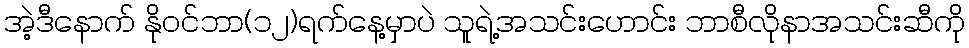
အဲ့ဒီနောက် နိုဝင်ဘာ(၁၂)ရက်နေ့မှာပဲ သူရဲ့အသင်းဟောင်း ဘာစီလိုနာအသင်းဆီကို